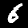
Digit: 6